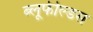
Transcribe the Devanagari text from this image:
ब्लूफील्डस